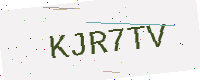
Text: KJR7TV